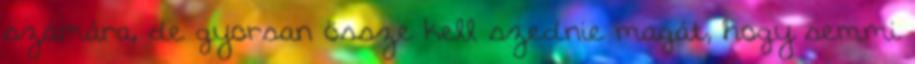
számára, de gyorsan össze kell szednie magát, hogy semmi